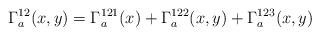
LaTeX: \begin{align*}\Gamma_a^{12}(x,y)=\Gamma_a^{121}(x)+\Gamma_a^{122}(x,y)+\Gamma_a^{123}(x,y)\end{align*}